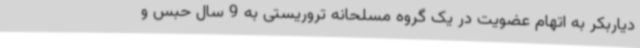
دیاربکر به اتهام عضویت در یک گروه مسلحانه تروریستی به 9 سال حبس و